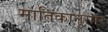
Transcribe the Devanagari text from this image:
मातिकानुसार